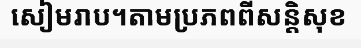
សៀមរាប។តាមប្រភពពីសន្តិសុខ